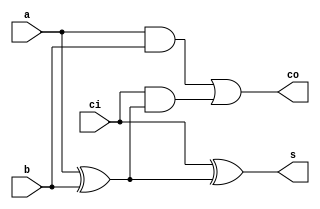
module fuAdder(a,b,ci,s,co);

input a,b,ci;
output s,co;
wire e1,e2,e3;
xor g1(e1,a,b);
xor g2(s,ci,e1);
and g3(e2,a,b);
and g4(e3,ci,e1);
or g5(co,e2,e3);

endmodule